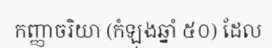
កញ្ញាចរិយា (កំឡុងឆ្នាំ ៥០) ដែល